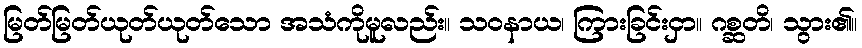
မြတ်မြတ်ယုတ်ယုတ်သော အသံကိုမူလည်း။ သဝနာယ၊ ကြားခြင်းငှာ။ ဂစ္ဆတိ၊ သွား၏။